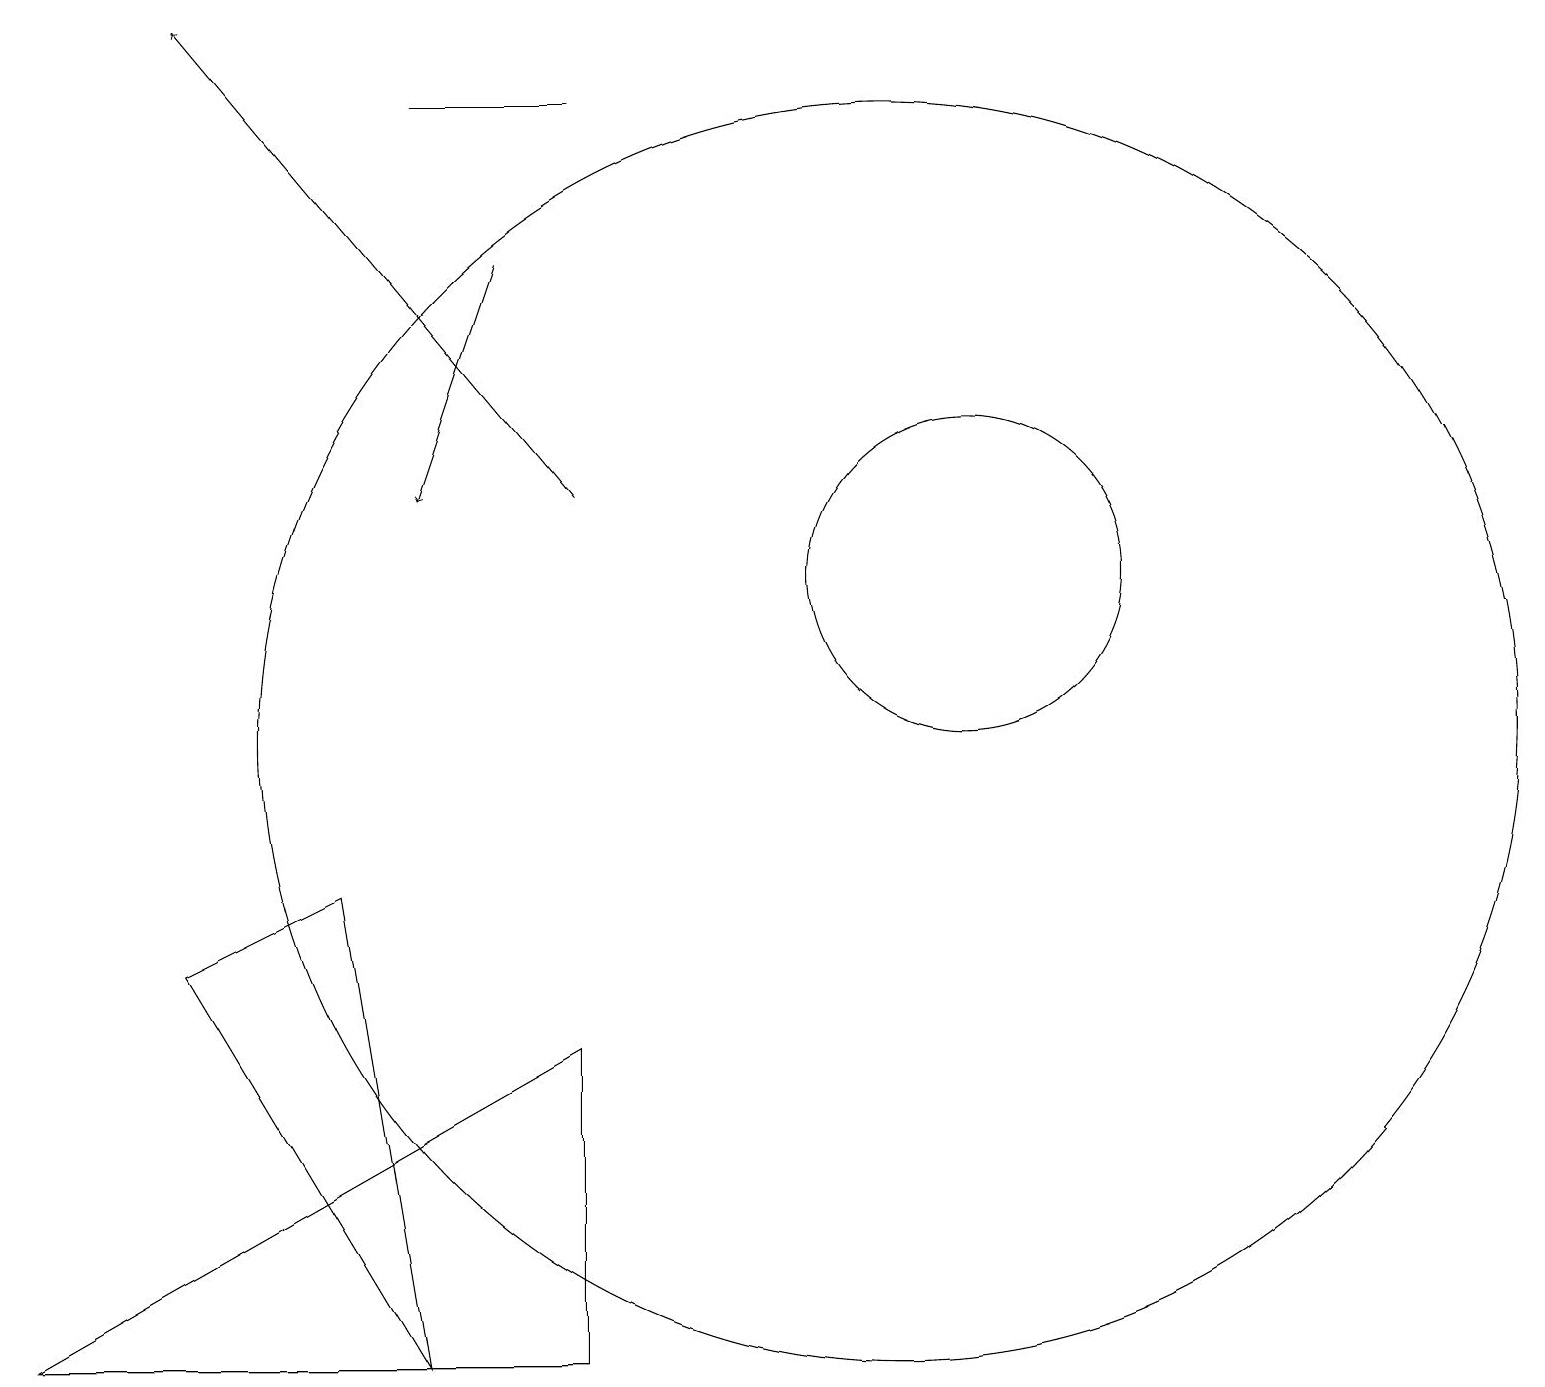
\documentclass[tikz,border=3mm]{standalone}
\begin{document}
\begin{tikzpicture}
\draw (7,2) -- (7,6) -- (0,2) -- cycle;
\draw[->] (6,16) -- (5,13);
\draw (2,7) -- (4,8) -- (5,2) -- cycle;
\draw (7,18) rectangle (5,18);
\draw (12,12) circle (2);
\draw (11,10) circle (8);
\draw[->] (7,13) -- (2,19);
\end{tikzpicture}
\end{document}